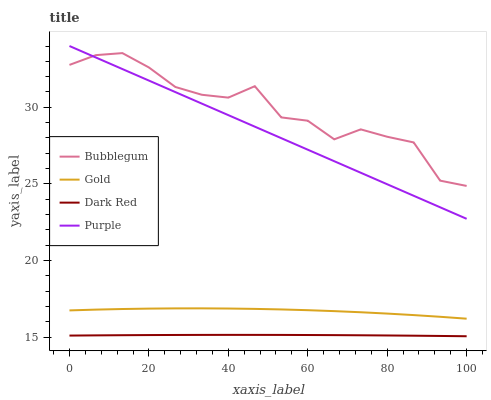
| xaxis_label | Bubblegum | Gold | Dark Red | Purple |
 | --- | --- | --- | --- | --- |
 | 0 | 32.8 | 16.7 | 15.1 | 34 |
 | 6.67 | 33.4 | 16.8 | 15.1 | 33.2 |
 | 13.3 | 33.5 | 16.8 | 15.1 | 32.5 |
 | 20 | 32.6 | 16.9 | 15.1 | 31.7 |
 | 26.7 | 31.3 | 16.9 | 15.1 | 31 |
 | 33.3 | 30.8 | 16.9 | 15.1 | 30.2 |
 | 40 | 30.6 | 16.9 | 15.1 | 29.5 |
 | 46.7 | 31.4 | 16.8 | 15.1 | 28.7 |
 | 53.3 | 29.3 | 16.8 | 15.1 | 28 |
 | 60 | 29.1 | 16.8 | 15.1 | 27.2 |
 | 66.7 | 27.9 | 16.7 | 15.1 | 26.5 |
 | 73.3 | 28.6 | 16.6 | 15.1 | 25.7 |
 | 80 | 28.1 | 16.5 | 15.1 | 25 |
 | 86.7 | 27.7 | 16.4 | 15.1 | 24.2 |
 | 93.3 | 25.2 | 16.3 | 15.1 | 23.5 |
 | 100 | 24.9 | 16.2 | 15.1 | 22.7 |